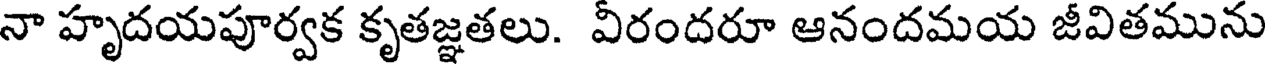
నా హృదయపూర్వక కృతజ్ఞతలు. వీరందరూ ఆనందమయ జీవితమును